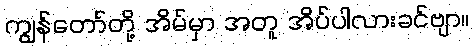
ကျွန်တော်တို့ အိမ်မှာ အတူ အိပ်ပါလားခင်ဗျာ။